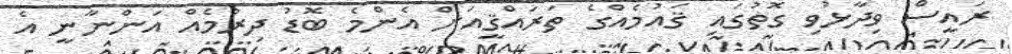
ރައީސް ވިދާޅުވި ގޮތުގައި ޤައުމެއްގެ ތަރައްޤީއަށް އެންމެ ބޮޑު ދިރުމެއް އަންނާނީ އެ